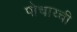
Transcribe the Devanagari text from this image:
पोचाय्ची